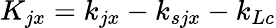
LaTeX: K_{jx}=k_{jx}-k_{sjx}-k_{Lc}